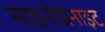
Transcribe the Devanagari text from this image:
साइनोग्रेनाइट